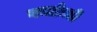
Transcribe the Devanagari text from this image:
गनक्रेज़ी